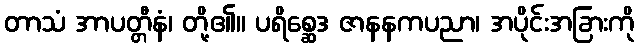
တာသံ အာပတ္တီနံ၊ တို့၏။ ပရိစ္ဆေဒ ဇာနနကပညာ၊ အပိုင်းအခြားကို